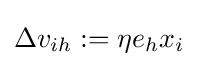
\Delta v_{ih}:=\eta e_{h}x_{i}